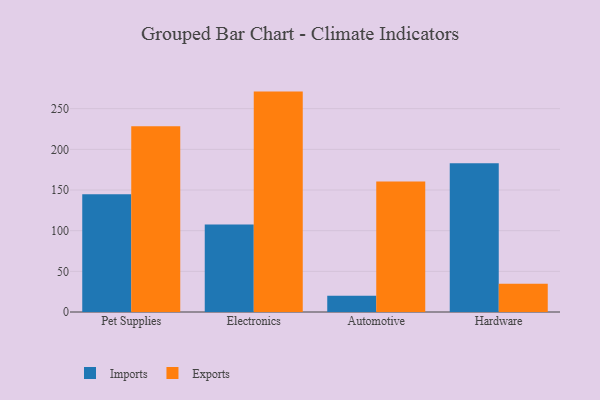
{"axis": {"x": "Category", "y": "Revenue (USD Million)"}, "legend": ["Exports", "Imports"], "data": [{"x": "Pet Supplies", "y": 144.9, "type": "Imports"}, {"x": "Pet Supplies", "y": 228.4, "type": "Exports"}, {"x": "Electronics", "y": 107.7, "type": "Imports"}, {"x": "Electronics", "y": 271.0, "type": "Exports"}, {"x": "Automotive", "y": 20.0, "type": "Imports"}, {"x": "Automotive", "y": 160.4, "type": "Exports"}, {"x": "Hardware", "y": 182.9, "type": "Imports"}, {"x": "Hardware", "y": 34.7, "type": "Exports"}]}